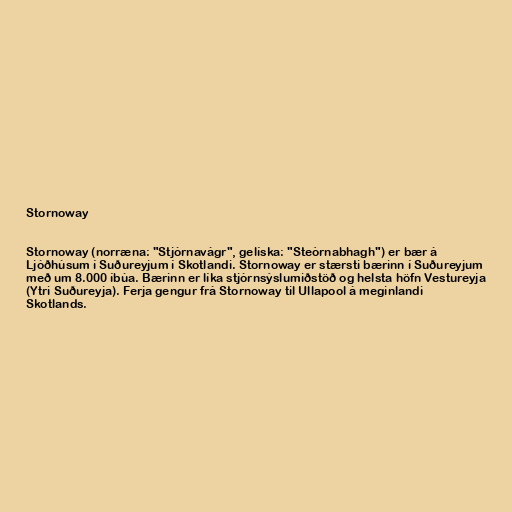
Stornoway

Stornoway (norræna: "Stjórnavágr", gelíska: "Steòrnabhagh") er bær á
Ljóðhúsum í Suðureyjum í Skotlandi. Stornoway er stærsti bærinn í Suðureyjum
með um 8.000 íbúa. Bærinn er líka stjórnsýslumiðstöð og helsta höfn Vestureyja
(Ytri Suðureyja). Ferja gengur frá Stornoway til Ullapool á meginlandi
Skotlands.